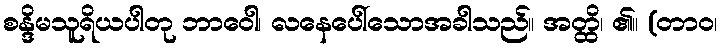
စန္ဒိမသူရိယပါတု ဘာဝေါ၊ လနေပေါ်သောအခါသည်။ အတ္ထိ၊ ၏။ (တာဝ၊